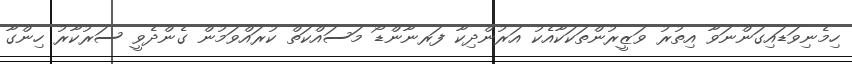
ހިމެނިވަޑައިގަންނަވާ އިތުރު ވަޒީރުންތަކަކާއެކު އަރުންދިކާ ފަރނާންޑޯ މަސައްކަތް ކުރައްވަމުން ގެންދެވީ ސަރުކާރު ހިންގާ